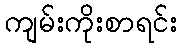
ကျမ်းကိုးစာရင်း